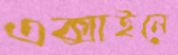
এক্সাইনে